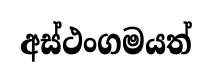
අස්ථංගමයත්